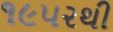
૧૯૫૨થી